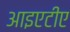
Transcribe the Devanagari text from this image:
आइएटीए